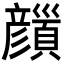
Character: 𩕝